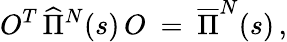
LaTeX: O^{T}\, \widehat{\Pi}^{N}(s)\, O\ =\ \overline{{{\Pi}}}^{N}(s)\, ,